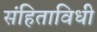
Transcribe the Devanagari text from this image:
संहिताविधी